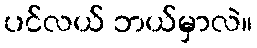
ပင်လယ် ဘယ်မှာလဲ။